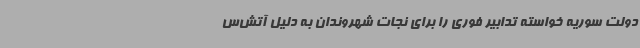
دولت سوریه خواسته تدابیر فوری را برای نجات شهروندان به دلیل آتش‌س